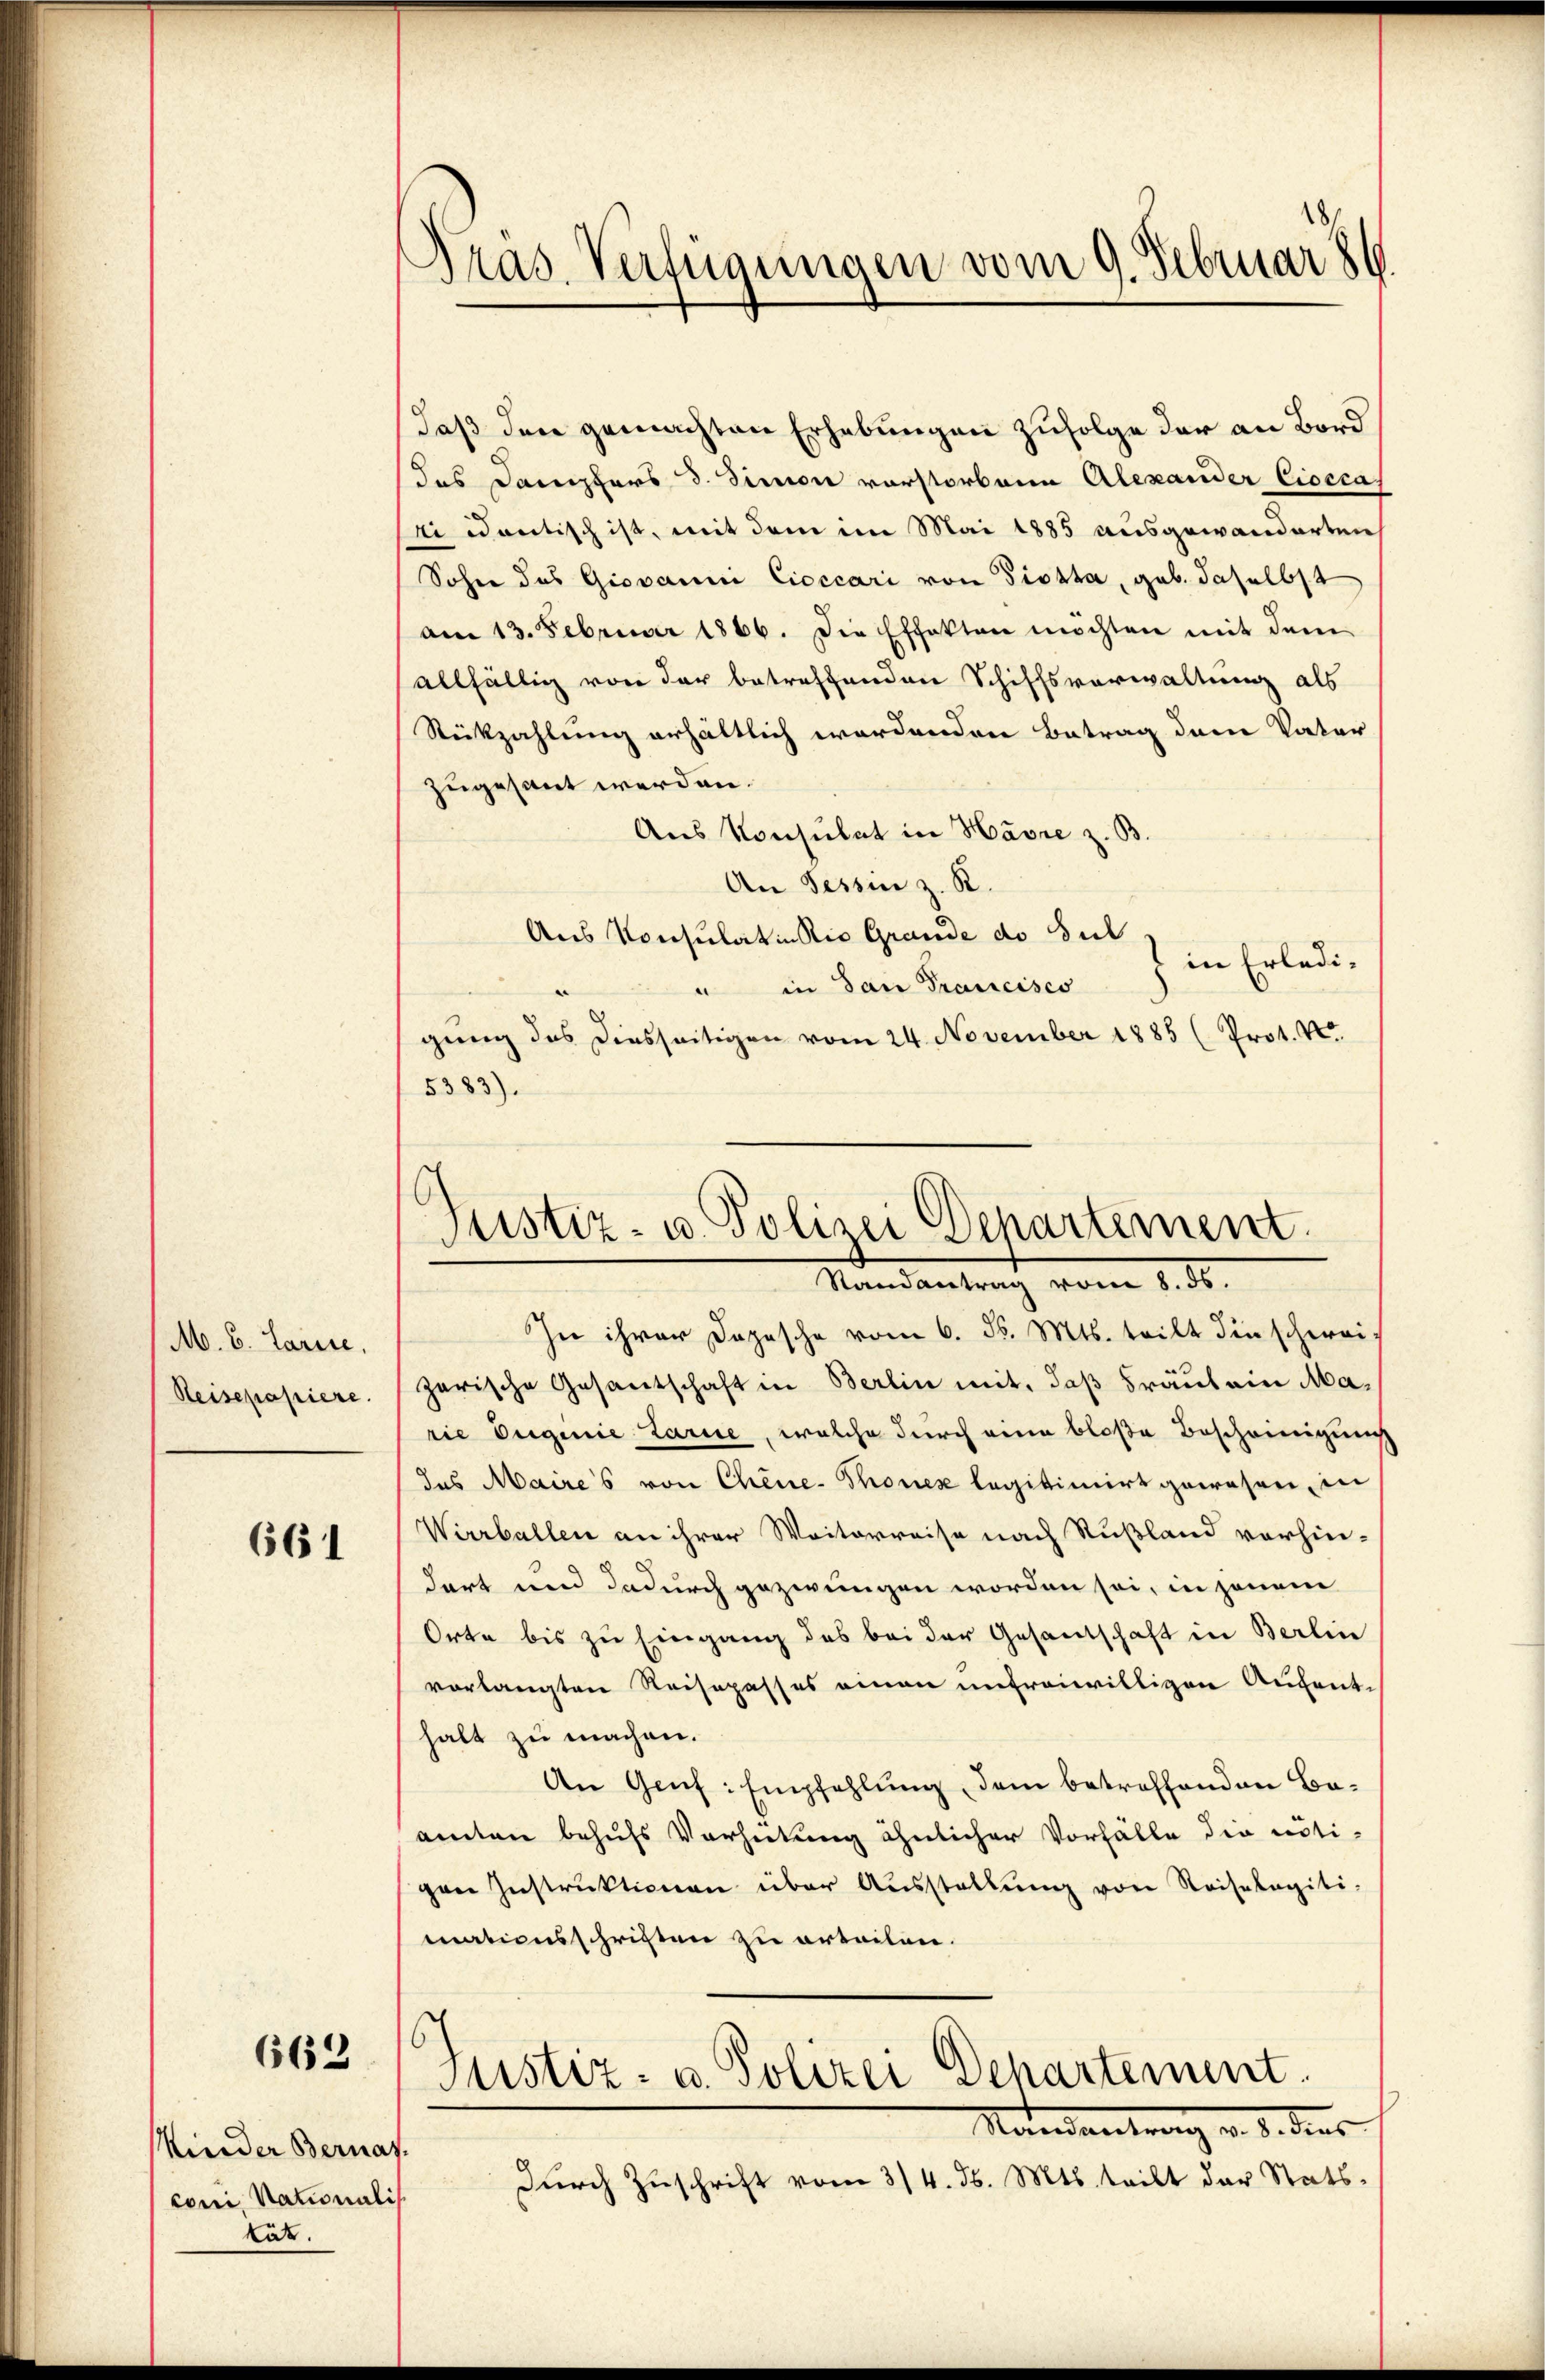
M. C. Larise,
Reisepapiere.

661

662

Minder Bernas.
coni, Nationalis
tät.

Präs. Verfügungen vom 9. Februar 8

Justiz- u. Polizei Departement.
Mandantrag vom 1. d.

ch

daß den gemachten Erhebungen zufolge der an Bord
das Dampfers d. Simon vorstorbene Alexander Cioccas
zi iantisch ist, mit dem im Mai 1885 ausgewanderten
Sohne des Giovanni Cioccari von Piotta, geb. daselbst
am 13. Februar 1866. Die Effekten möchten mit dem
allfällig von der betreffenden Schiffsverwaltung als
Rückzahlung erhältlich wordenden Betrag dem Vater
zugesant werden.
Aus Konsulat in Havre z. B.
An Tessin z. R.
Aus Konsulatin Rio Grande do Sul
) in Erledi¬
u in dan Prancisco
gung des diesseitigen vom 24. November 1885 (Prot. V
5383).

In ihrer Dozische vom 6. d. Mts. teilt die schweizarische Gesantschaft in Berlin mit, daß Fräulein Marie Eugenie Larie, welche durch eine bloße Bescheinigung
des Maires von Chene Thonex legitimirt gewesen, in
Wirrballen an ihrer Weiterreise nach Rußland vorhin-
dart und dadurch gezwungen worden sei, in jenem
Orte bis zu Eingang des bei der Gesandtschaft in Berlin
vorlangten Reisepasses einen unfreiwilligen Aufent-
halt zu machen.
An Genf: Empfehlung, dem betreffenden Baamten behufs Verheitung ähnlicher Vorfälle die nötipen Instruktionen über Aŭsstellŭng von Reisetagiti-
mationsschriften zu erteilen.
Justiz- u. Polizei Departement.
Mandantrag v. d. dies
dŭrch Zŭschrift vom 3/4. d. Mts. teilt der Stats.